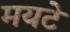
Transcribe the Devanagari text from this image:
मयटे